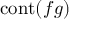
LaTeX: \operatorname { c o n t } ( f g )